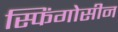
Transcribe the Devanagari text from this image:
स्फिंगोसीन